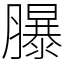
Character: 𦢊